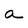
Character: a